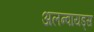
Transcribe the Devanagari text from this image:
अलन्वायड्स